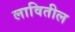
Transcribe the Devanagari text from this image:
लावितील